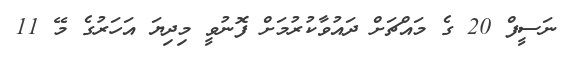
ނަސީފް 20 ގެ މައްޗަށް ދައުވާކުރުމަށް ފޮނުވީ މިދިޔަ އަހަރުގެ މޭ 11